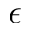
\epsilon